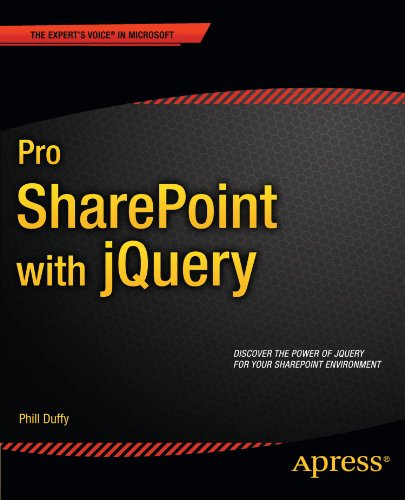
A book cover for Pro SharePoint with jQuery (Expert's Voice in Microsoft); Phill Duffy; Computers & Technology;